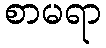
စာမရာ